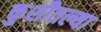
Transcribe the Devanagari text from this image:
कुशीतल्या